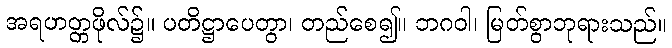
အရဟတ္တဖိုလ်၌။ ပတိဋ္ဌာပေတွာ၊ တည်စေ၍။ ဘဂဝါ၊ မြတ်စွာဘုရားသည်။